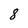
Character: 8